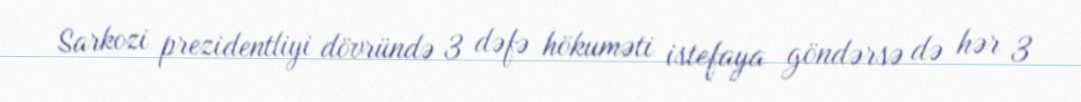
Sarkozi prezidentliyi dövründə 3 dəfə hökuməti istefaya göndərsə də hər 3